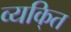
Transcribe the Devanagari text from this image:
व्यकि्‌त